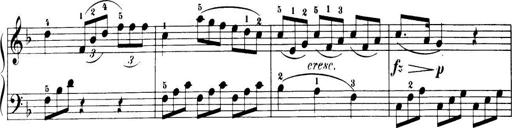
Title: 32 Sonatinas and Rondos for the Piano
Composer: Richard Kleinmichel